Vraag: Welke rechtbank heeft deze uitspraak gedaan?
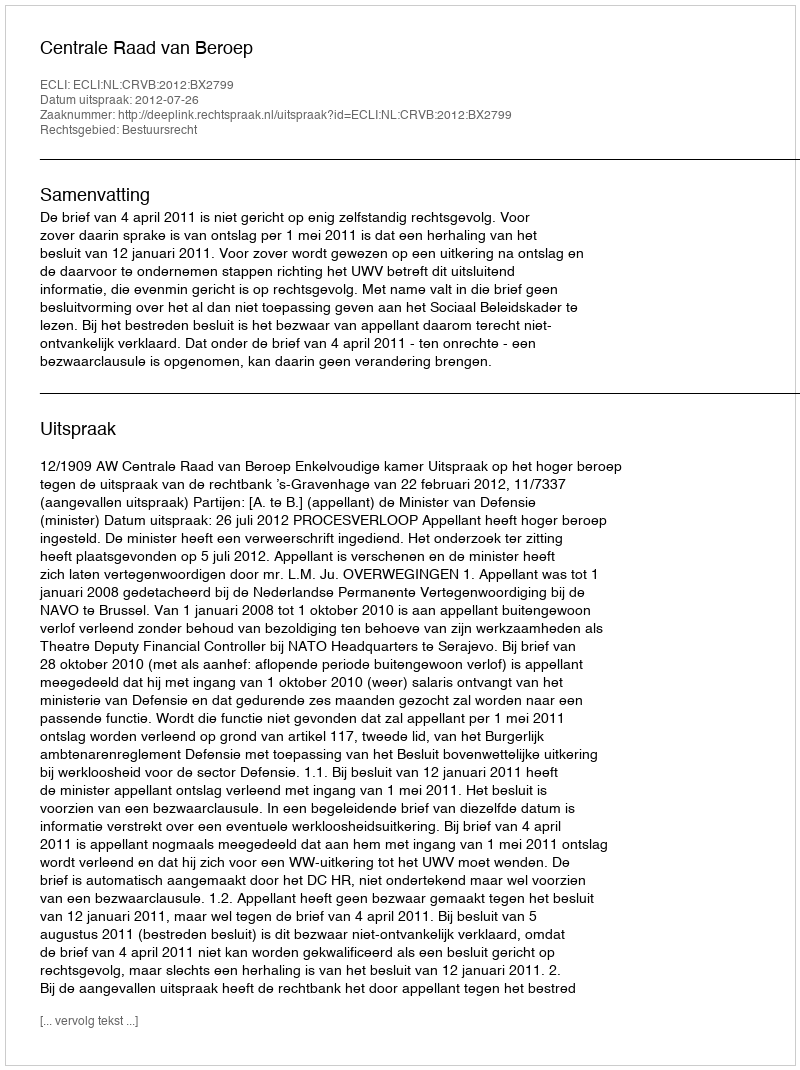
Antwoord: Centrale Raad van Beroep